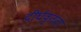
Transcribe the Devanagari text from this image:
दीर्घवृतता